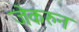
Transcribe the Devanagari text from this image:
जेकरुन